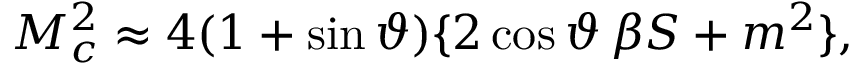
M _ { c } ^ { 2 } \approx 4 ( 1 + \sin \vartheta ) \{ 2 \cos \vartheta \, \beta S + m ^ { 2 } \} ,